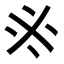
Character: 𠂭